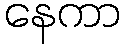
နေကာ